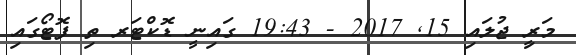
މަރިީ ޖުލައި 15